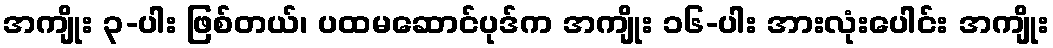
အကျိုး ၃-ပါး ဖြစ်တယ်၊ ပထမဆောင်ပုဒ်က အကျိုး ၁၆-ပါး အားလုံးပေါင်း အကျိုး